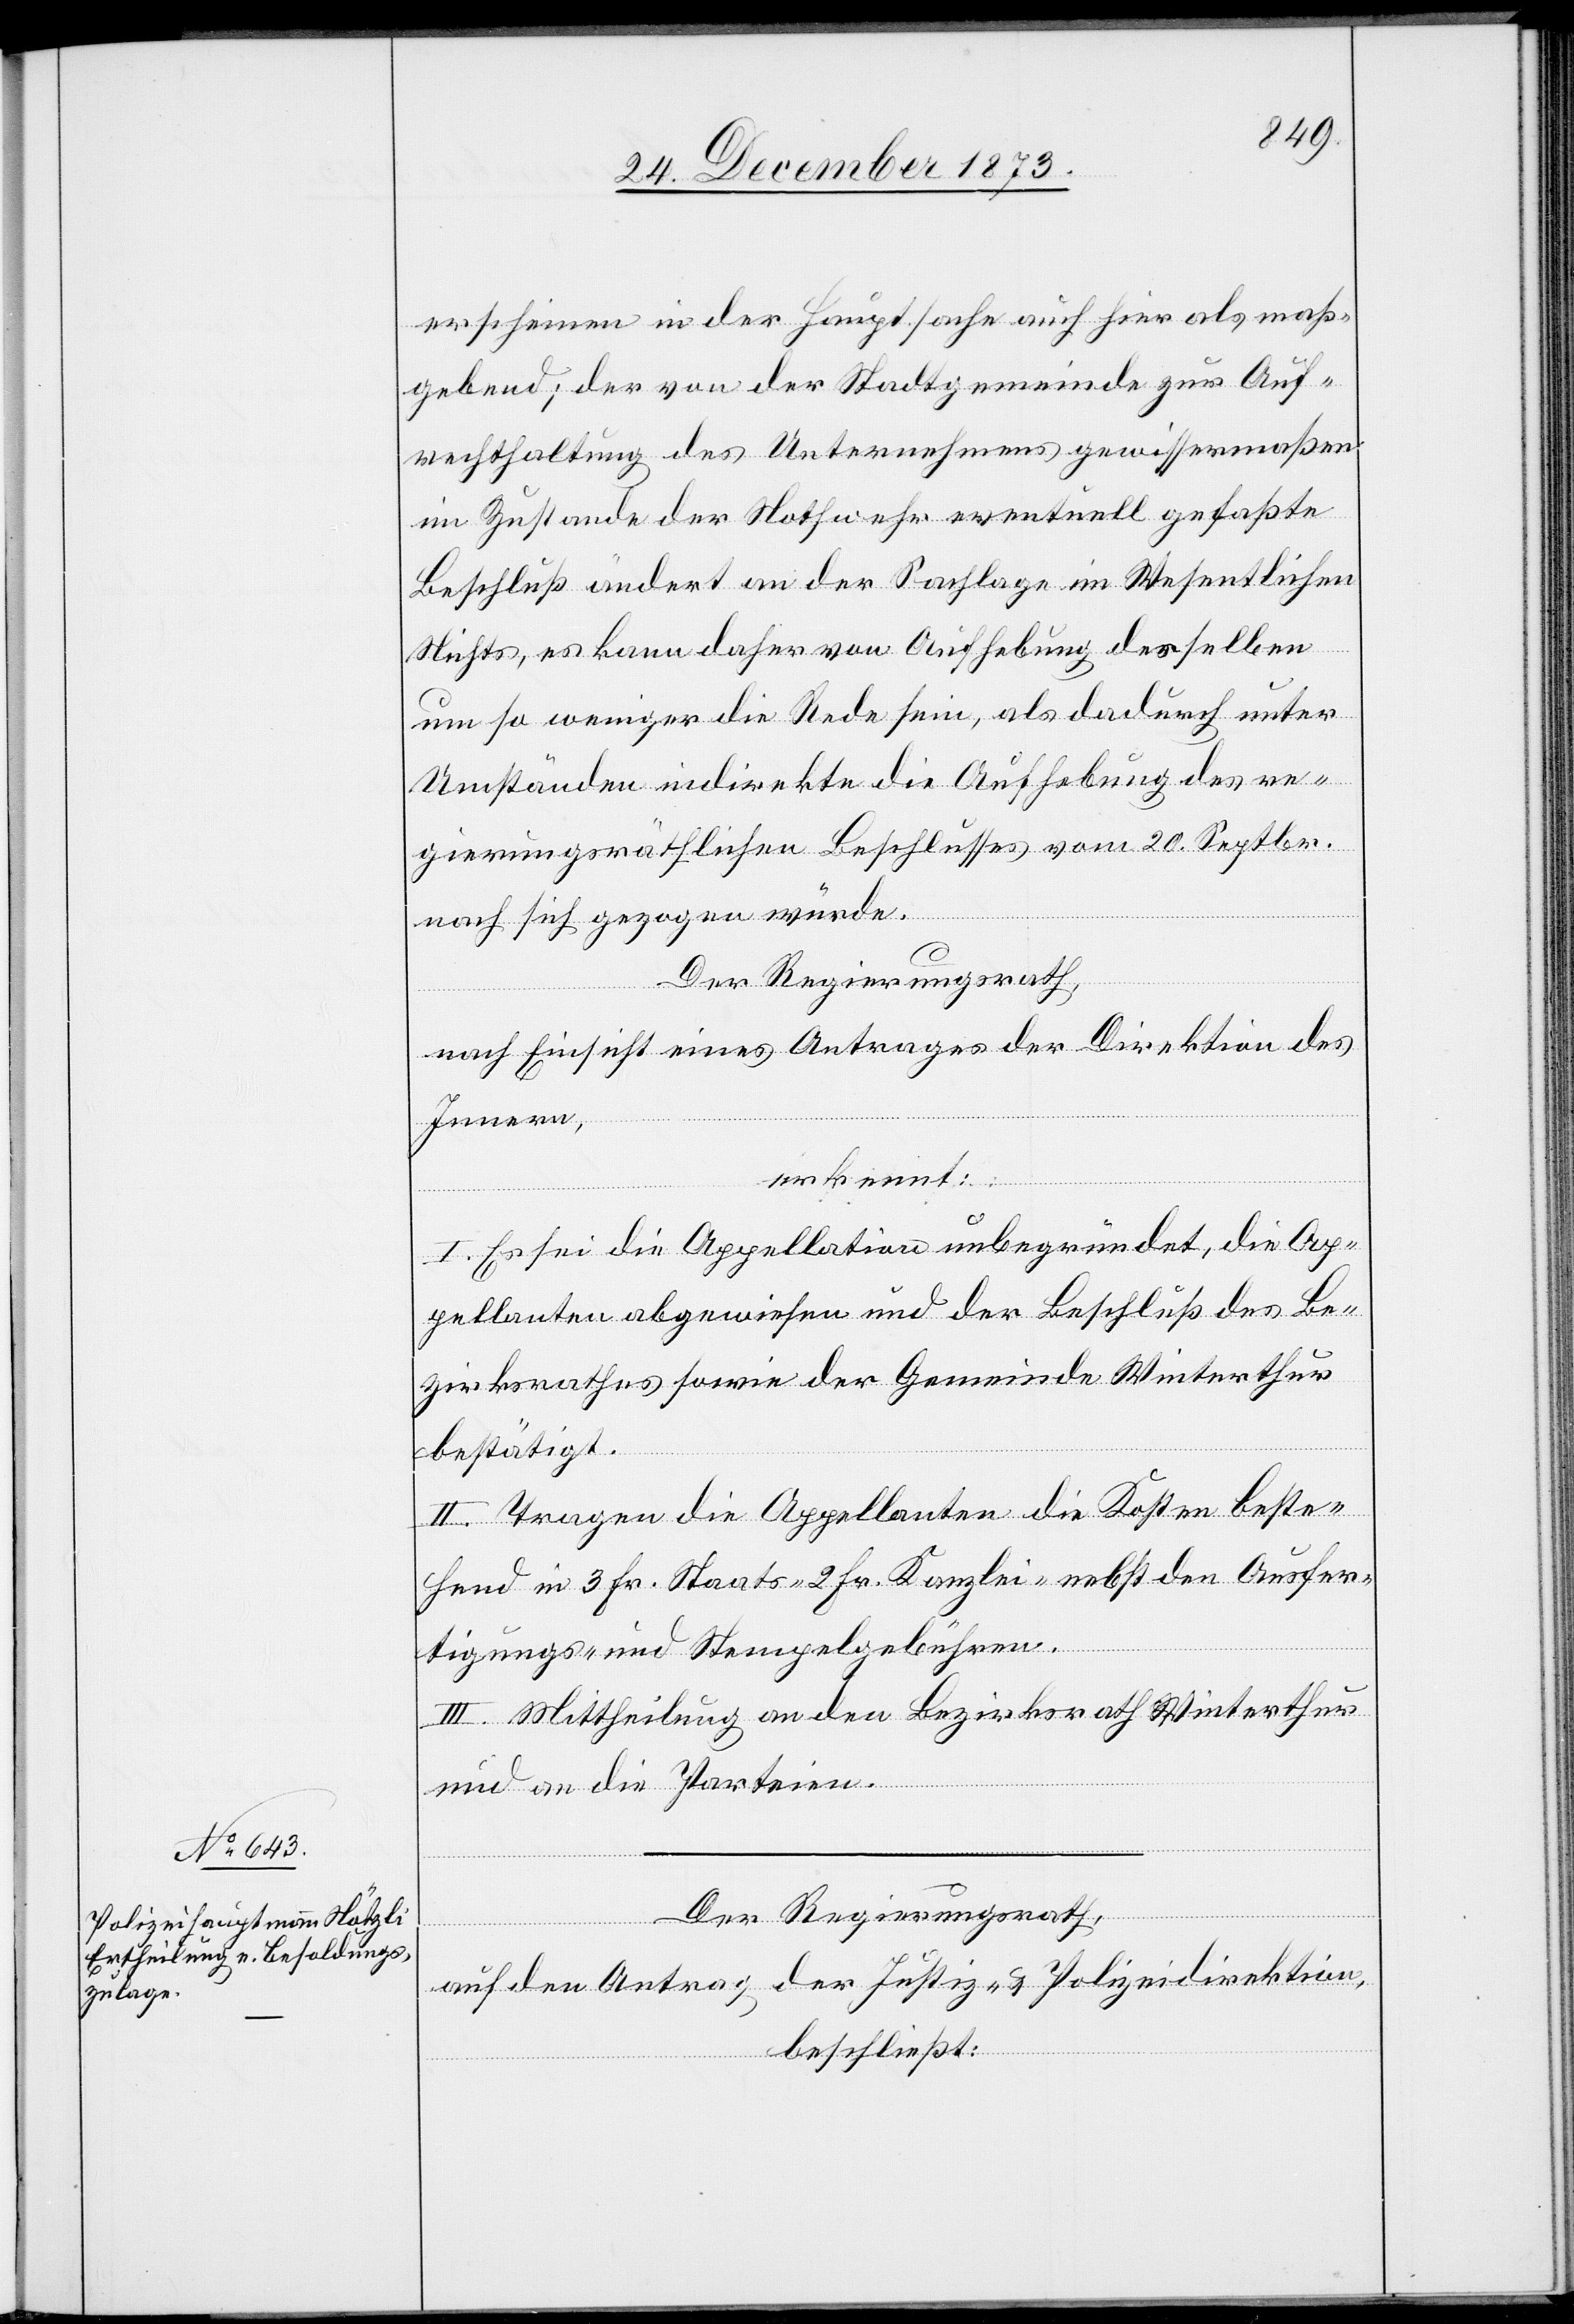
erscheinen in der Hauptsache auch hier als maß¬
gebend; der von der Stadtgemeinde zur Auf¬
rechthaltung des Unternehmens gewissermaßen
im Zustande der Nothwehr eventuell gefaßte
Beschluß ändert an der Sachlage im Wesentlichen
Nichts, es kann daher von Aufhebung desselben
um so weniger die Rede sein, als dadurch unter
Umständen indirekte die Aufhebung des re¬
gierungsräthlichen Beschlusses vom 20. Septbr.
nach sich gezogen würde.
Der Regierungsrath,
nach Einsicht eines Antrages der Direktion des
Innern,
erkennt:
I. Es sei die Appellation unbegründet, die Ap¬
pellanten abgewiesen und der Beschluß des Be¬
zirksrathes sowie der Gemeinde Winterthur
bestätigt.
II. Tragen die Appellanten die Kosten beste¬
hend in 3 Fr. Staats- 2 Fr. Kanzlei- nebst den Ausfer¬
tigungs- und Stempelgebühren.
III. Mittheilung an den Bezirksrath Winterthur
und an die Parteien.
Der Regierungsrath,
auf den Antrag der Justiz- & Polizeidirektion,
beschließt: